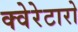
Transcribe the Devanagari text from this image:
क्वेरेटारो